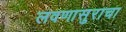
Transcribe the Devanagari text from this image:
लवणासुराचा